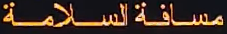
مسافةالسلامة